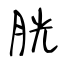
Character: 胱